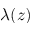
\lambda ( z )